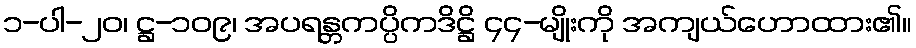
၁-ပါ-၂၀၊ ဋ္ဌ-၁၀၉၊ အပရန္တကပ္ပိကဒိဋ္ဌိ ၄၄-မျိုးကို အကျယ်ဟောထား၏။